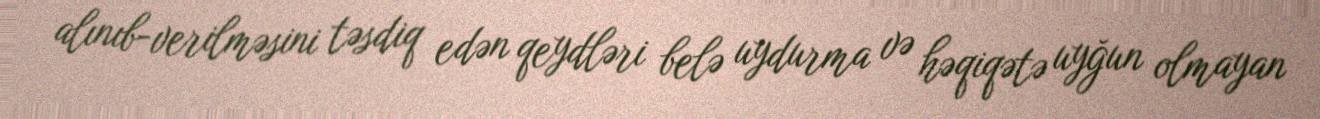
alınıb-verilməsini təsdiq edən qeydləri belə uydurma və həqiqətə uyğun olmayan